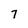
Character: 7